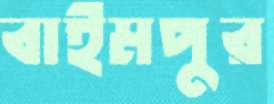
বাইমপুর